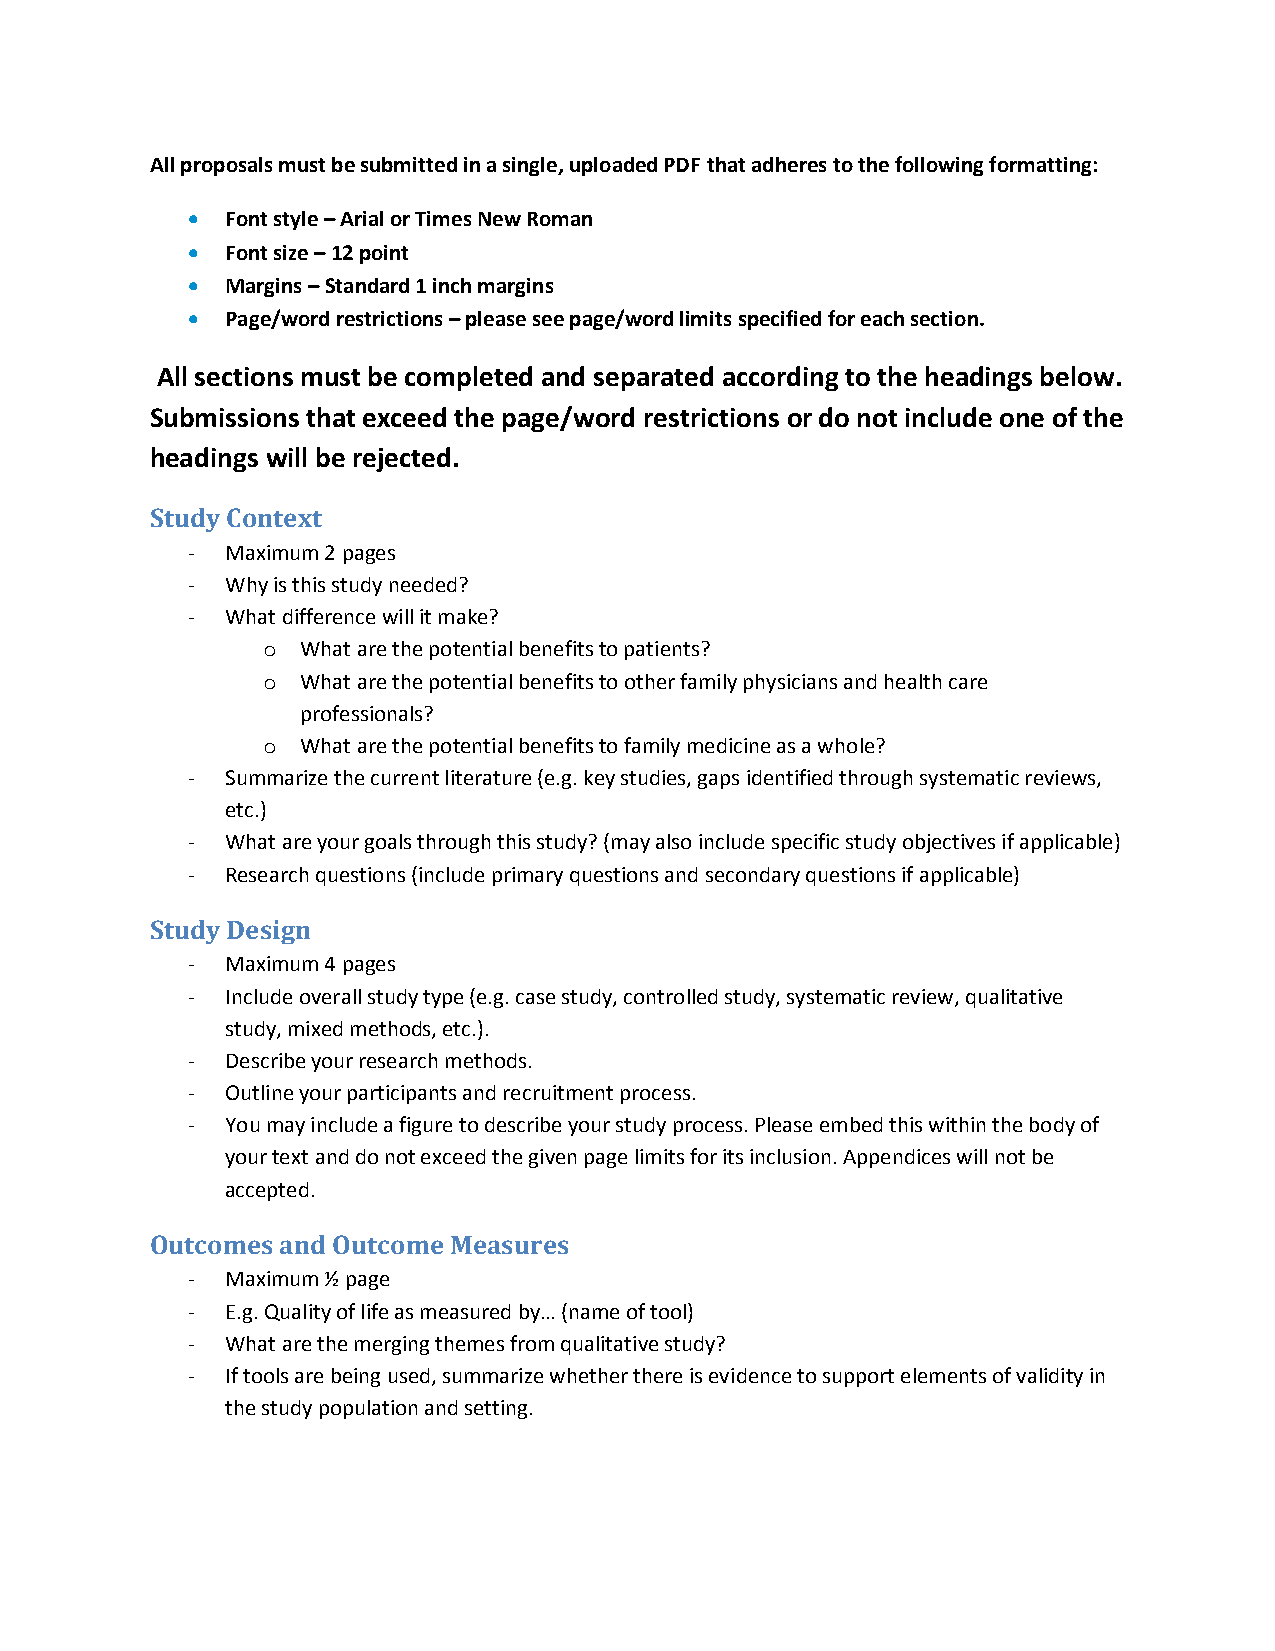
All proposals must be submitted in a single, uploaded PDF that adheres to the following formatting:
 •  Font style – Arial or Times New Roman
 •  Font size – 12 point
 •  Margins – Standard 1 inch margins
 •  Page/word restrictions – please see page/word limits specified for each section.
 All sections must be completed and separated according to the headings below.
 Submissions that exceed the page/word restrictions or do not include one of the
 headings will be rejected.
 Study Context
 -  Maximum 2 pages
 -  Why is this study needed?
 -  What difference will it make?
 o  What are the potential benefits to patients?
 o  What are the potential benefits to other family physicians and health care
 professionals?
 o  What are the potential benefits to family medicine as a whole?
 -  Summarize the current literature (e.g. key studies, gaps identified through systematic reviews,
 etc.)
 -  What are your goals through this study? (may also include specific study objectives if applicable)
 -  Research questions (include primary questions and secondary questions if applicable)
 Study Design
 -  Maximum 4 pages
 -  Include overall study type (e.g. case study, controlled study, systematic review, qualitative
 study, mixed methods, etc.).
 -  Describe your research methods.
 -  Outline your participants and recruitment process.
 -  You may include a figure to describe your study process. Please embed this within the body of
 your text and do not exceed the given page limits for its inclusion. Appendices will not be
 accepted.
 Outcomes and Outcome Measures
 -  Maximum ½ page
 -  E.g. Quality of life as measured by… (name of tool)
 -  What are the merging themes from qualitative study?
 -  If tools are being used, summarize whether there is evidence to support elements of validity in
 the study population and setting.